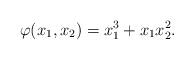
LaTeX: \begin{align*} \varphi(x_1, x_2) = x_1^3 + x_1x_2^2.\end{align*}